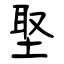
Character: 埾